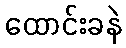
ထောင်းခနဲ